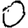
Digit: 0